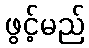
ဖွင့်မည်